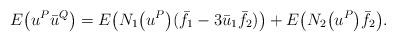
LaTeX: \begin{gather*}E\big(u^P\bar{u}^Q\big)=E\big(N_{1}\big(u^P\big)(\bar{f}_1-3\bar{u}_1\bar{f}_2)\big)+E\big(N_{2}\big(u^P\big)\bar{f}_2\big).\end{gather*}